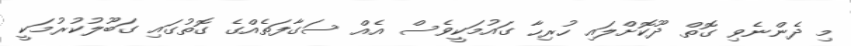
މި ދެންނެވި ގޮތް ދޫކޮށްލައި ހުރިހާ ގައުމަކީވެސް އެއް ސަގާފަތެއްގެ ގޮތުގައި ގަބޫލުކުރުމަކީ